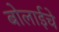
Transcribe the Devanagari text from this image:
बोलाईचे